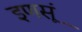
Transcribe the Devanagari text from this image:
इणसूं